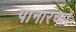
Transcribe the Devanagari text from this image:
पानारच्या